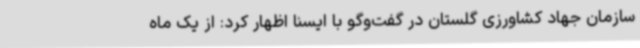
سازمان جهاد کشاورزی گلستان در گفت‌وگو با ایسنا اظهار کرد: از یک ماه